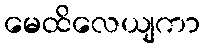
မေထိလေယျကာ